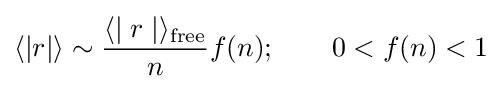
\langle |r|\rangle \sim {\frac {\langle \mid r\mid \rangle _{\text{free}}}{n}}f(n);\qquad 0<f(n)<1